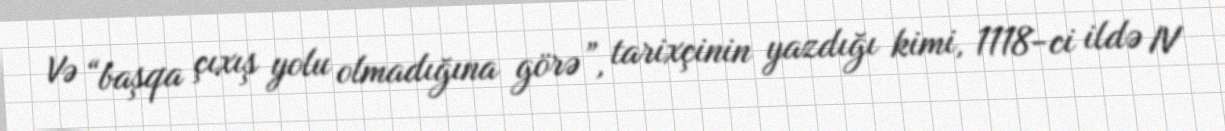
Və “başqa çıxış yolu olmadığına görə”, tarixçinin yazdığı kimi, 1118-ci ildə IV